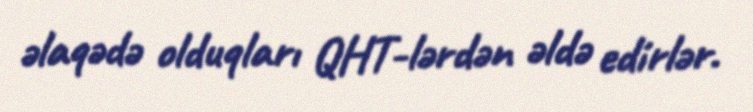
əlaqədə olduqları QHT-lərdən əldə edirlər.